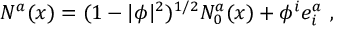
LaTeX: N ^ { a } ( x ) = ( 1 - | \phi | ^ { 2 } ) ^ { 1 / 2 } N _ { 0 } ^ { a } ( x ) + \phi ^ { i } e _ { i } ^ { a } \ ,